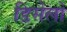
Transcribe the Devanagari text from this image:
डिसेलो